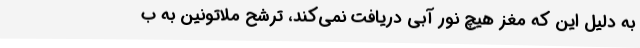
به دلیل این که مغز هیچ نور آبی دریافت نمی‌کند، ترشح ملاتونین به ب